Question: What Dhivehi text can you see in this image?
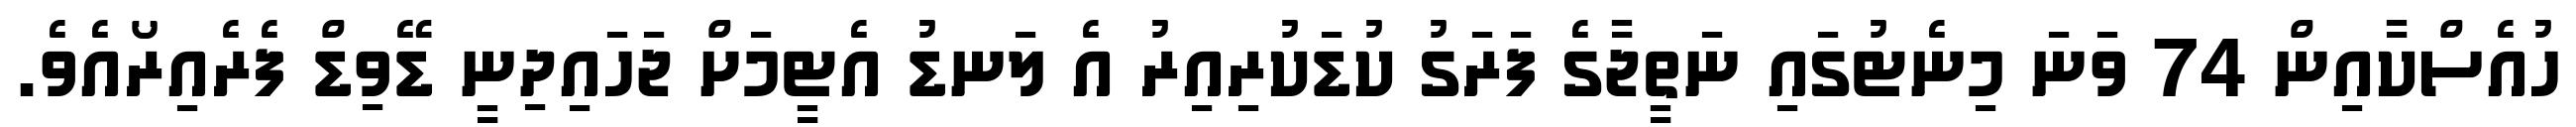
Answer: ހުއެސްކާއިން 74 ވަނަ މިނެޓުގައި ނަތީޖާގެ ފަރަގު ކުޑަކުރިއިރު އެ ލަނޑު އެޓީމަށް ޖަހައިދިނީ ޑޭވިޑް ފެރެއިރޯއެވެ.